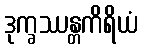
ဒုက္ခဿန္တကိရိယံ